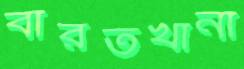
বারতখানা